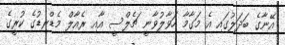
އޭނާގެ ބަދަލުގައި އެ މަގާމާ ހަވާލުވާނީ ޗެލްސީ އާއި ރެއާލް މެޑްރިޑުގެ ކުރީގެ